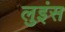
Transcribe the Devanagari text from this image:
लुइंस